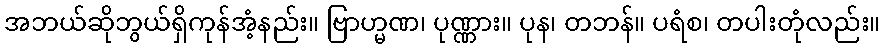
အဘယ်ဆိုဘွယ်ရှိကုန်အံ့နည်း။ ဗြာဟ္မဏ၊ ပုဏ္ဏား။ ပုန၊ တဘန်။ ပရံစ၊ တပါးတုံလည်း။